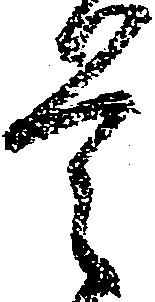
是